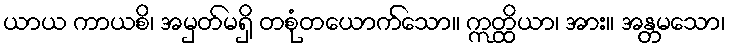
ယာယ ကာယစိ၊ အမှတ်မရှိ တစုံတယောက်သော။ ဣတ္ထိယာ၊ အား။ အန္တမသော၊